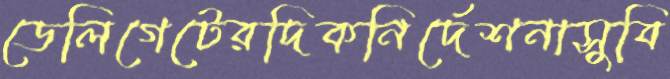
ডেলিগেটেরদিকনির্দেশনাসুবি